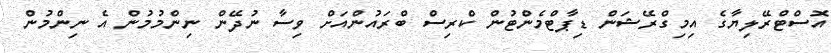
އޮސްޓްރޭލިޔާގެ އިމިގްރޭޝަން ޑިޕާޓްމެންޓުން ކްރިސް ބްރައުންއަށް ވިސާ ނުދޭން ނިންމުމުން އެ ނިންމުން